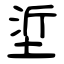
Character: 垽